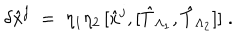
\delta { \hat { x } } ^ { j } \; = \; \eta _ { 1 } \eta _ { 2 } \, [ { \hat { x } } ^ { j } , [ { \hat { T } } _ { \Lambda _ { 1 } } , { \hat { T } } _ { \Lambda _ { 2 } } ] ] \; .